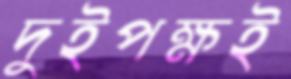
দুইপক্ষই